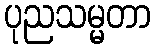
ပုညသမ္မတာ